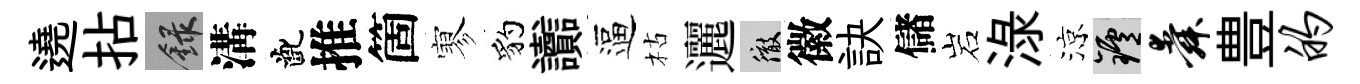
遶拈録溝齔推箇寥豹讟逼枯邐徹徽訣儲岩渌涼爐舜豊的